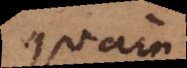
quam